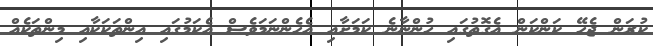
ކުރަން ޖެހޭ ކަންކަން އެގޮތުގައި ހުންނާނެ ކަމަށާއި އެހެންނަމަވެސް އެކަމުގައި އިންތަކަކާއި މިންތަކެއް